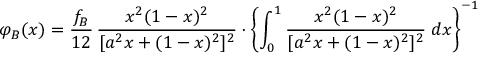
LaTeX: \varphi _ { B } ( x ) = \frac { f _ { B } } { 1 2 } \, \frac { x ^ { 2 } ( 1 - x ) ^ { 2 } } { [ a ^ { 2 } x + ( 1 - x ) ^ { 2 } ] ^ { 2 } } \cdot \left\lbrace \int _ { 0 } ^ { 1 } \frac { x ^ { 2 } ( 1 - x ) ^ { 2 } } { [ a ^ { 2 } x + ( 1 - x ) ^ { 2 } ] ^ { 2 } } \; d x \right\rbrace ^ { - 1 }